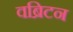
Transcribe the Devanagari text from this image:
वब्रिटन